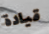
قيادة